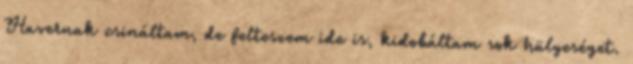
Havernak csináltam, de felteszem ide is, kidobáltam sok hülyeséget.